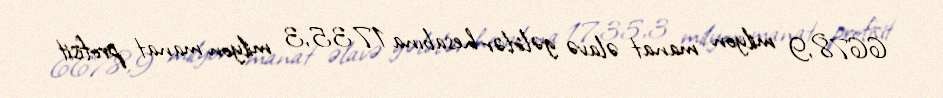
6678,9 milyon manat əlavə gəlirlər hesabına 1735,3 milyon manat profisit